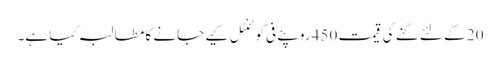
20 کے لئے گنے کی قیمت 450 روپئے فی کوئنٹل کیے جانے کا مطالبہ کیا ہے۔